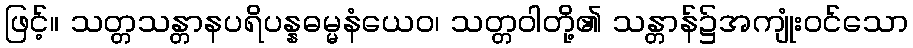
ဖြင့်။ သတ္တသန္တာနပရိပန္နဓမ္မနံယေဝ၊ သတ္တဝါတို့၏ သန္တာန်၌အကျုံးဝင်သော